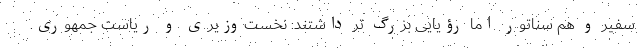
سفیر و هم سناتور اما رؤیایی بزرگ تر داشتند: نخست‌وزیری و ریاست جمهوری.